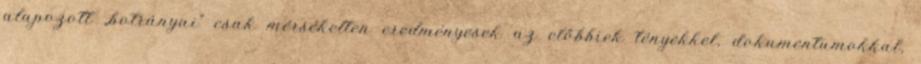
alapozott „botrányai” csak mérsékelten eredményesek az előbbiek tényekkel, dokumentumokkal,